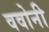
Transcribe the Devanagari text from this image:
ववोनी